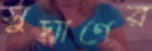
সুঘ্রাণের